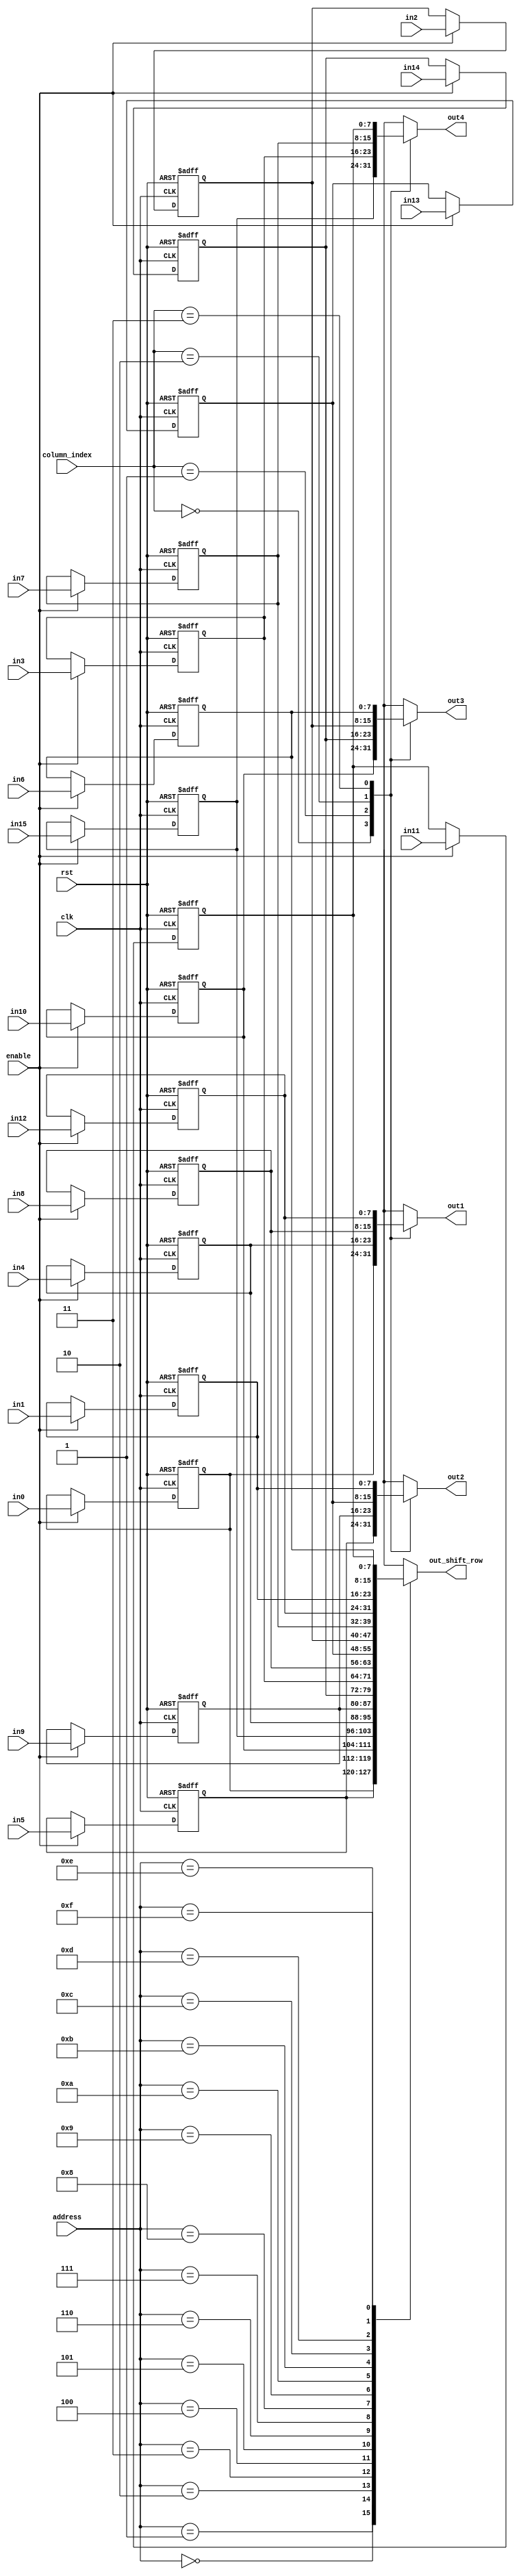
module shift_rows (
    output   reg     [7:0]    out1, out2, out3, out4,
    output   wire    [7:0]    out_shift_row,
    input    wire    [1:0]    column_index,
    input    wire    [3:0]    address,
    input    wire    [7:0]    in0,in1,in2,in3,in4,in5,in6,in7,in8,in9,in10,in11,in12,in13,in14,in15,
    input    wire             enable,
    input    wire             clk, 
    input    wire             rst
);

integer i;

localparam COLUMN1 = 2'b00,
           COLUMN2 = 2'b01,
           COLUMN3 = 2'b10,
           COLUMN4 = 2'b11;

reg   [7:0]    RAM    [0:15];

always @(posedge clk or negedge rst)
    if (!rst)
        begin
                for (i = 0; i < 16; i = i + 1)
                    RAM[i] <= 8'b0;
            end
        else if(enable)
            begin
                RAM[0]  <= in0;
                RAM[4]  <= in4;
                RAM[8]  <= in8;
                RAM[12] <= in12;
                RAM[1]  <= in5;
                RAM[5]  <= in9;
                RAM[9]  <= in13;
                RAM[13] <= in1;
                RAM[2]  <= in10;
                RAM[6]  <= in14;
                RAM[10] <= in2;
                RAM[14] <= in6;
                RAM[3]  <= in15;
                RAM[7]  <= in3;
                RAM[11] <= in7;
                RAM[15] <= in11;
            end

assign  out_shift_row = RAM[address];

always @(*)
    begin
        case (column_index)
            COLUMN1  : begin
                        out1 = RAM[0];
                        out2 = RAM[1];
                        out3 = RAM[2];
                        out4 = RAM[3];
                    end
            COLUMN2  : begin
                        out1 = RAM[4];
                        out2 = RAM[5];
                        out3 = RAM[6];
                        out4 = RAM[7];
                    end
            COLUMN3  : begin
                        out1 = RAM[8];
                        out2 = RAM[9];
                        out3 = RAM[10];
                        out4 = RAM[11];
                    end
            COLUMN4  : begin
                        out1 = RAM[12];
                        out2 = RAM[13];
                        out3 = RAM[14];
                        out4 = RAM[15];
                    end
            default: begin
                        out1 = RAM[0];
                        out2 = RAM[4];
                        out3 = RAM[8];
                        out4 = RAM[12];
                     end
        endcase
    end
endmodule